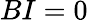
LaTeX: BI=0